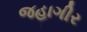
જહાગીર